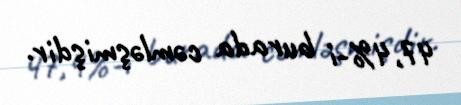
47,4%-i burada cəmləşmişdir.